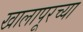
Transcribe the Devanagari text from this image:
खालापूरच्या